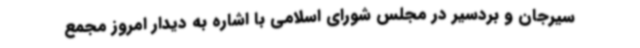
سیرجان و بردسیر در مجلس شورای اسلامی با اشاره به دیدار امروز مجمع